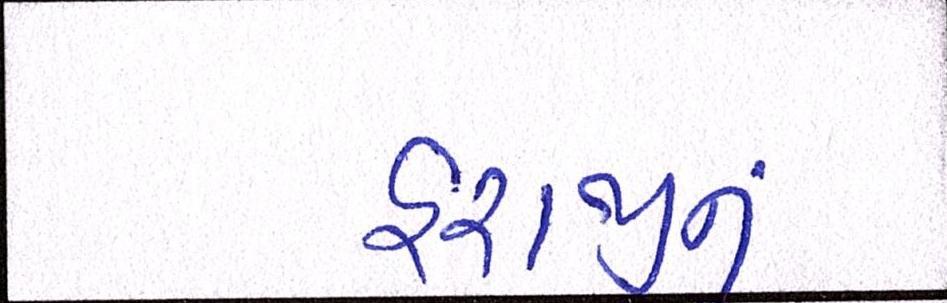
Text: હરાજીનું